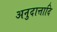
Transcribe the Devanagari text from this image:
अनुदात्तादि